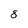
Character: 8